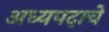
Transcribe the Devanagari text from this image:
अध्यपदाचे